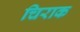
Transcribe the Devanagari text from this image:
चिराक